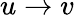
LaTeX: u\rightarrow v